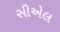
સીએલ